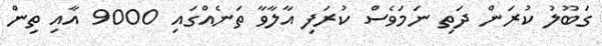
ގަބޫލު ކުރަން ދަތި ނަމަވެސް ކުރަފި އާލާވާ ތަނެއްގައި 9000 އާއި ތިން